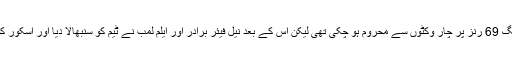
جواب میں انگلش بیٹنگ 69 رنز پر چار وکٹوں سے محروم ہو چکی تھی لیکن اس کے بعد نیل فیئر برادر اور ایلم لمب نے ٹیم کو سنبھالا دیا اور اسکور کو 141 تک پہنچا دیا۔